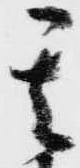
其